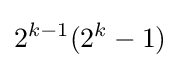
2^{k-1}(2^{k}-1)